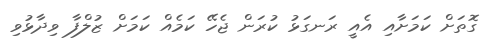
ގޮތަށް ކަމަށާއި އެއީ ރަނގަޅު ކުރަން ޖެހޭ ކަމެއް ކަމަށް ޒުލްފާ ވިދާޅުވި